Tezpur Lunatic Asylum reports 1877-1894 - 1877-1894
Year: 1877
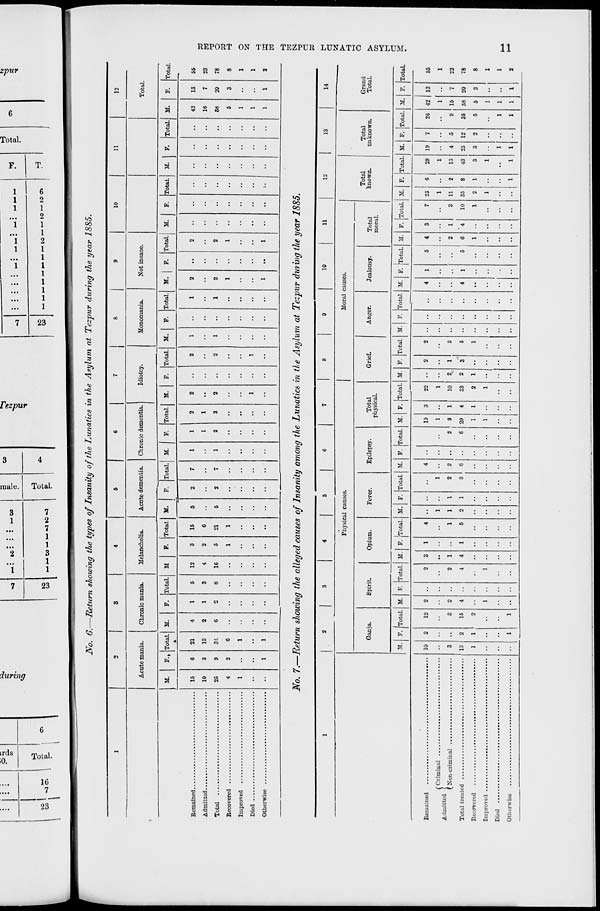
O »i
• a-
IB
t-3
to
*»>
X
i
0
CO
-J Ci
1 ?- i
S
I"
to
»->: to
—> w
I_II-«OO-*>~>"'JK.'~3
B
P
03
c
S3
*••
to
OS
to i—' to a>
*4
H o
o»
H
.
1
No. 6.—Return showing the types of Insanity of the lunatics in the Asylum at Tezpur during the year 1885.
1
o
3
4
5
6
7
8
9
10
11
12
Acute mania.
Chronic mania.
Melancholia.
Acnte dementia.
Chronic dementia.
Idiotcy.
Monomania.
Not insane.
Total.
M.
*•■ Total. M.
F. Total.
M
F. Total. M.
F. Total. M.
F. Total.
M.
F. Total. M.
F. Total.
M. | F. Total.
M.
F. Total.
M.
F.
Total. M.
F.
Total.
15
10
25
4
1
6
3
9
2
1
21
13
31
6
1
1
4
2
6
1
1
5
3
8
12
4
16
3
2
5
1
15
6
21
1
5
5
2
2
7
7
1
1
1
1
2
2
1
3
2
2
1
2
2
i
1
1
••
1
1
2
2
1
1
2
2
1
1
••
••
42
16
58
5
1
1
1
13
7
20
3
1
55
">3
Total
78
8
1
1
2
No. 7.—Return showing the alleged causes of Insanity among the Lunatics in the Asylum at Tezpur during the year 1885.
1
2
3
4
5
6
7
8
9
10
11
12
13
14
Physical causes.
Moral causes.
Total
known.
Total
unknown.
Ganja.
Spirit
Opium.
Fever.
Epilepsy.
Total
physical.
Grief.
Anger.
Jealousy.
Total
moral.
Grand
TotaL
M. F. ITotal. M. F. Total. M. F. Total. M. F. Total. M. F. Total. M. F. Total. M. F. Total. M. F. Total. M. F. Total. M. F. Total. M. F. Total. M. F. ITotal.
1
M. F. Total.
10
3
13
1
2
2
1
1
12
3
15
o
1
2
2
4
1
2
2
4
1
3
1
4
1
1
4
1
5
1
1
2
1
1
1
2
3
4
2
6
••
2
6
19
1
9
29
1
1
3
1
4
1
22
1
10
33
2
1
2
2
1
2
1
3
2
3
5
1
4
4
1
1
5
5
4
2
6
1
3
1
'4
7
3
10
1
23
1
11
35
2
1
6
2
8
1
1
29
1
13
43
3
1
1
19
4
23
3
1
1
7
5
12
2
26
9
35
5
1
1
1
55
1
22
Admitted <
•
•it
1
15
58
5
1
1
1
ID
7
20
3
1
78
UlcU
...............t........mmm...................*...
8
1
1
2
o
H
O
55
H
o
>